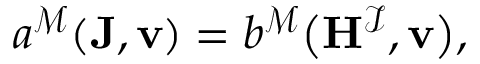
\begin{array} { r } { a ^ { \mathcal { M } } ( \mathbf { J } , \mathbf { v } ) = b ^ { \mathcal { M } } \big ( \mathbf { H } ^ { \mathcal { I } } , \mathbf { v } \big ) , } \end{array}